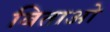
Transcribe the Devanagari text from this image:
बिताओ